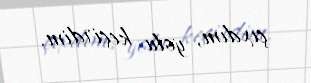
çıxdım, yolu keçirdim.